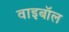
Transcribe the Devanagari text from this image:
वाइबॉल